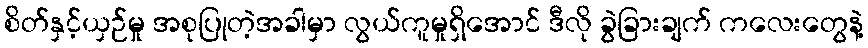
စိတ်နှင့်ယှဉ်မှု အစုပြုတဲ့အခါမှာ လွယ်ကူမှုရှိအောင် ဒီလို ခွဲခြားချက် ကလေးတွေနဲ့